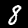
Digit: 8